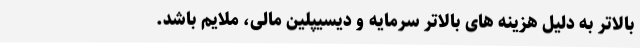
بالاتر به دلیل هزینه های بالاتر سرمایه و دیسیپلین مالی، ملایم باشد.